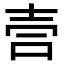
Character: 𫯁